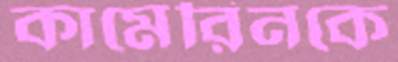
কামেরিনকে